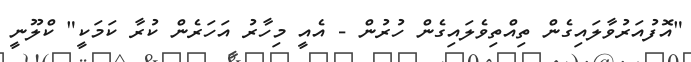
"އޮފުއަރުވާލައިގެން ތިއްތިވެލައިގެން ހުރުން - އެއީ މިހާރު އަހަރެން ކުރާ ކަމަކީ" ކްލޫނީ